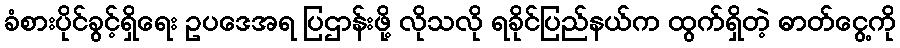
ခံစားပိုင်ခွင့်ရှိရေး ဥပဒေအရ ပြဌာန်းဖို့ လိုသလို ရခိုင်ပြည်နယ်က ထွက်ရှိတဲ့ ဓာတ်ငွေ့ကို